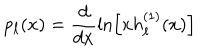
p _ { \ell } ( x ) = \frac { d } { d x } \ln \left[ x h _ { \ell } ^ { ( 1 ) } ( x ) \right]